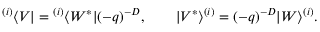
{ } ^ { ( i ) } \langle V | = { } ^ { ( i ) } \langle W ^ { * } | ( - q ) ^ { - D } , \qquad | V ^ { * } \rangle ^ { ( i ) } = ( - q ) ^ { - D } | W \rangle ^ { ( i ) } .